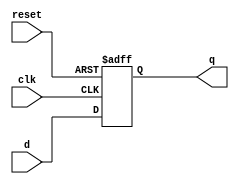
`timescale 1ns / 1ps

module FlipFlop(
    clk, reset, // 1 bit each
    d,          // 8 bit
    q           // 8 bit
    );
    
    // Define the input and output signals
    input            clk;
    input            reset;
    input      [7:0] d;
    output reg [7:0] q;
    
    // Define the D Flip Flop modules' behaviour
    always @(posedge clk, posedge reset)
        begin
        if (reset == 1'b1)
            q <= 0;
        else
            q <= d;
        end
endmodule